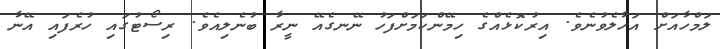
ލަމްހާއަށް އަހާލެވުނެވެ. އިރުކޮޅެއްގެ ހިމޭންކަމަށްފަހު ނޭނގެއޭ ނީރާ ބުނެލިއެވެ. ރިސޯޓުގައި ހުރެފައި އޭނާ